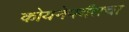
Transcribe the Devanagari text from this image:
कोयनेपर्यंतचा